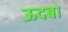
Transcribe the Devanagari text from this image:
ऊदबा